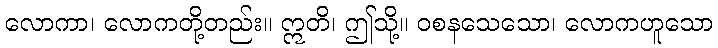
လောကာ၊ လောကတို့တည်း။ ဣတိ၊ ဤသို့။ ဝစနသေသော၊ လောကဟူသော